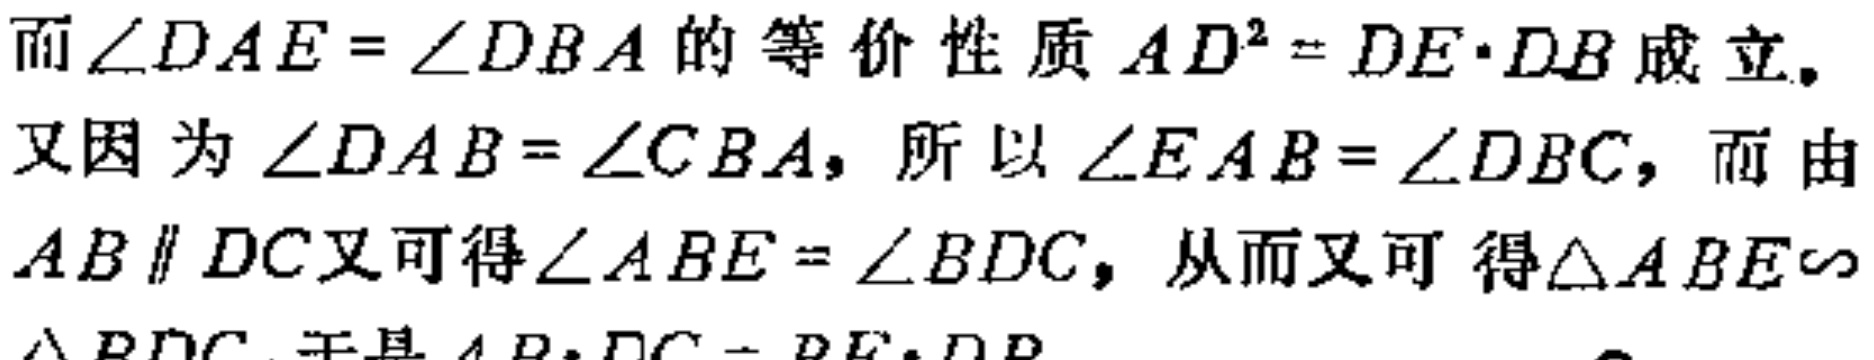
而\(\angle DAE = \angle DBA\)的等价性质\(AD^{2}=DE\cdot DB\)成立。
又因为\(\angle DAB=\angle CBA\)，所以\(\angle EAB = \angle DBC\)，而由
\(AB\parallel DC\)又可得\(\angle ABE=\angle BDC\)，从而又可得\(\triangle ABE\sim\)
\(\triangle BDC\)。于是\(AB\cdot DC = BE\cdot DB\)。